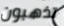
تذهبون